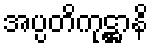
အပ္ပတိကုဋ္ဌာနိ